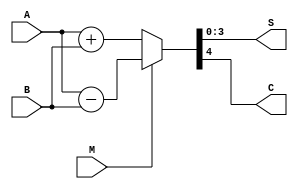
module q4_40 (A, B, M, S, C);

	input [3:0] A, B;
	input M;
	output [3:0] S;
	output C;

	assign {C, S} = (M)?(A-B):(A+B);
endmodule